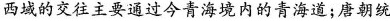
西域的交往主要通过今青海境内的青海道；唐朝统